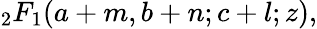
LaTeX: {}_{2}F_{1}(a+m,b+n;c+l;z),